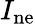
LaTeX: I_{\mathrm{ne}}